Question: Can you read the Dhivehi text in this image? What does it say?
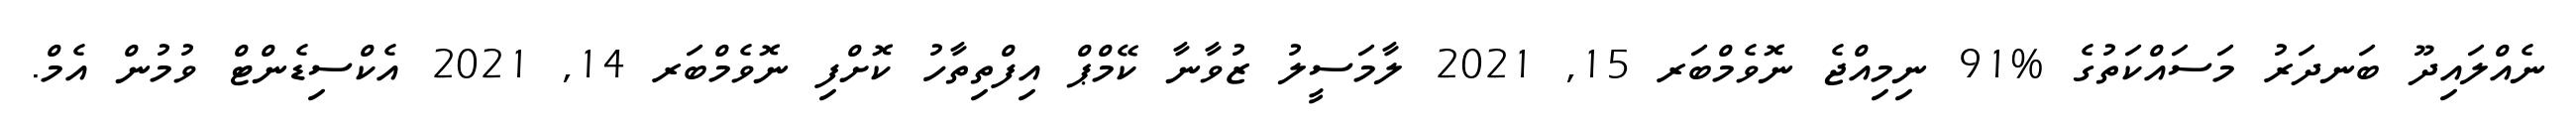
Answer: ނެއްލައިދޫ ބަނދަރު މަސައްކަތުގެ %91 ނިމިއްޖެ ނޮވެމްބަރ 15, 2021 ލާމަސީލު ޒުވާނާ ކޭމްޕް އިފްތިތާހު ކޮށްފި ނޮވެމްބަރ 14, 2021 އެކްސިޑެންޓް ވުމުން އެމް.